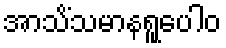
အာသိံသမာနရူပေါဝ